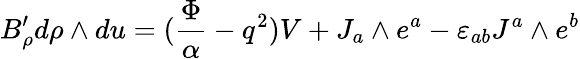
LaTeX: B_{\rho}^{\prime}d\rho\wedge du=({\frac{\Phi}{\alpha}}-q^{2})V+J_{a}\wedge e^{a}-\varepsilon_{ab}J^{a}\wedge e^{b}